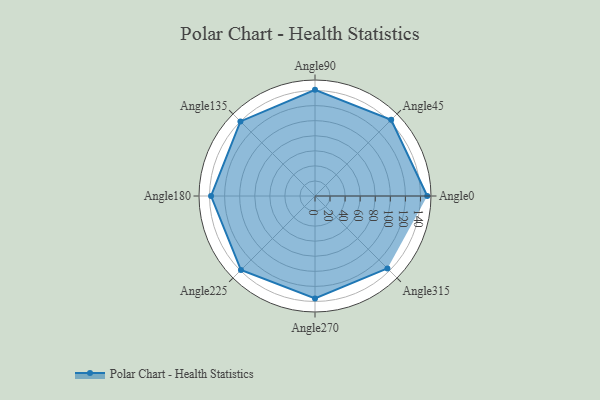
{"axis": {"x": "Angle", "y": "Radius"}, "legend": [""], "data": [{"x": "Angle0", "y": 149.0, "type": ""}, {"x": "Angle45", "y": 143.0, "type": ""}, {"x": "Angle90", "y": 141.0, "type": ""}, {"x": "Angle135", "y": 140.0, "type": ""}, {"x": "Angle180", "y": 138.0, "type": ""}, {"x": "Angle225", "y": 139.0, "type": ""}, {"x": "Angle270", "y": 136.0, "type": ""}, {"x": "Angle315", "y": 136.0, "type": ""}]}